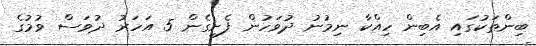
ބިންތަކުގައި އެބިން ހިއްކާ ނިމުނު ދުވަހުން ފެށިގެން 5 އަހަރު ދުވަސް ވުމުގެ